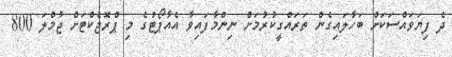
ދެ ފިޔަވައްސަކަށް ބަހާލައިގެން ތަރައްގީކުރުމަށް ނިންމާފައިވާ އެއާޕޯޓުގެ މި ޕްރޮޖެކްޓަށް ޖުމްލަ 800